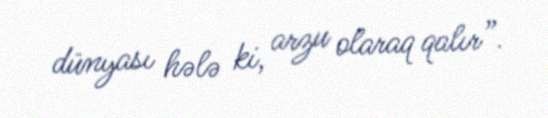
dünyası hələ ki, arzu olaraq qalır”.